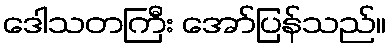
ဒေါသတကြီး အော်ပြန်သည်။